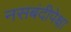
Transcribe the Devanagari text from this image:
नसबंदीपेक्षा